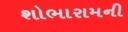
શોભારામની